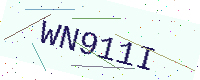
Text: WN911I